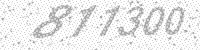
Solution: 811300